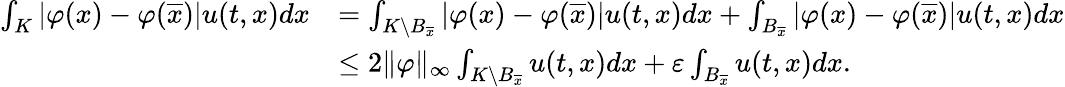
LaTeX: \begin{array}{rl}{\int_{K}{\lvert\varphi(x)-\varphi(\overline{x})\rvert u(t,x)dx}}&{=\int_{K\backslash B_{\overline{x}}}{\lvert\varphi(x)-\varphi(\overline{x})\rvert u(t,x)dx}+\int_{B_{\overline{x}}}{\lvert\varphi(x)-\varphi(\overline{x})\rvert u(t,x)dx}}\\ &{\leq 2\lVert\varphi\rVert_{\infty}\int_{K\backslash B_{\overline{x}}}{u(t,x)dx}+\varepsilon\int_{B_{\overline{x}}}{u(t,x)dx}.}\end{array}